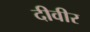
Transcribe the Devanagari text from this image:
दीवीर